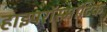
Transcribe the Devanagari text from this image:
हाइपरॉस्मॉटिक